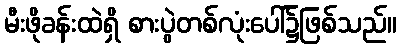
မီးဖိုခန်းထဲရှိ စားပွဲတစ်လုံးပေါ်၌ဖြစ်သည်။